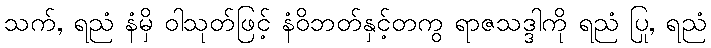
သက်, ရညံ နံမှိ ဝါသုတ်ဖြင့် နံဝိဘတ်နှင့်တကွ ရာဇသဒ္ဒါကို ရညံ ပြု, ရညံ